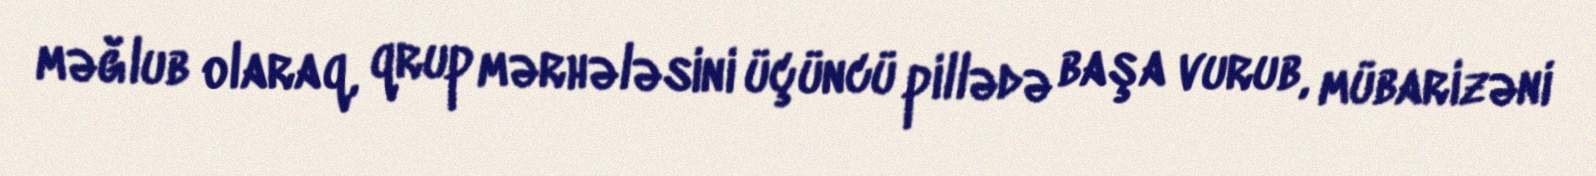
məğlub olaraq, qrup mərhələsini üçüncü pillədə başa vurub, mübarizəni